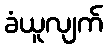
ခံယူလျက်